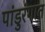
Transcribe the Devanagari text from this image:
पांडुरंगात